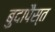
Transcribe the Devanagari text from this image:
बुदापैस्त